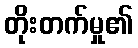
တိုးတက်မှု၏